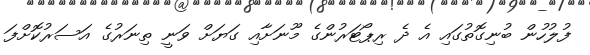
ފުލުހުން ބުނިގޮތުގައި އެ ދެ ރިޕޯޓަރުންގެ މޫނަށާއި ގަޔަށް ވަނީ ތިނަރުގެ އަސަރުކޮށްފަ